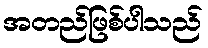
အတည်ဖြစ်ပါသည်